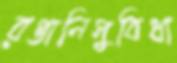
রপ্তানিসুবিধা